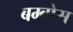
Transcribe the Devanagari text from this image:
बम्बोस